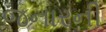
જનારની